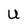
Character: U